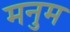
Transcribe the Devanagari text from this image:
मनुम